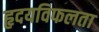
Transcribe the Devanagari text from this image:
हृदयविफलता